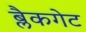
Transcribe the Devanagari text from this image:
ब्लैकगेट